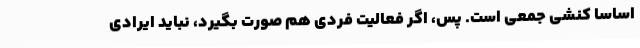
اساساً کنشی جمعی است. پس، اگر فعالیت فردی هم صورت بگیرد، نباید ایرادی